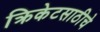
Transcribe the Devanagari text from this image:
क्रिकेटसाठीचे